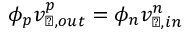
\phi _ { p } v _ { \perp , o u t } ^ { p } = \phi _ { n } v _ { \perp , i n } ^ { n }